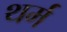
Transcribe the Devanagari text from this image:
थर्म